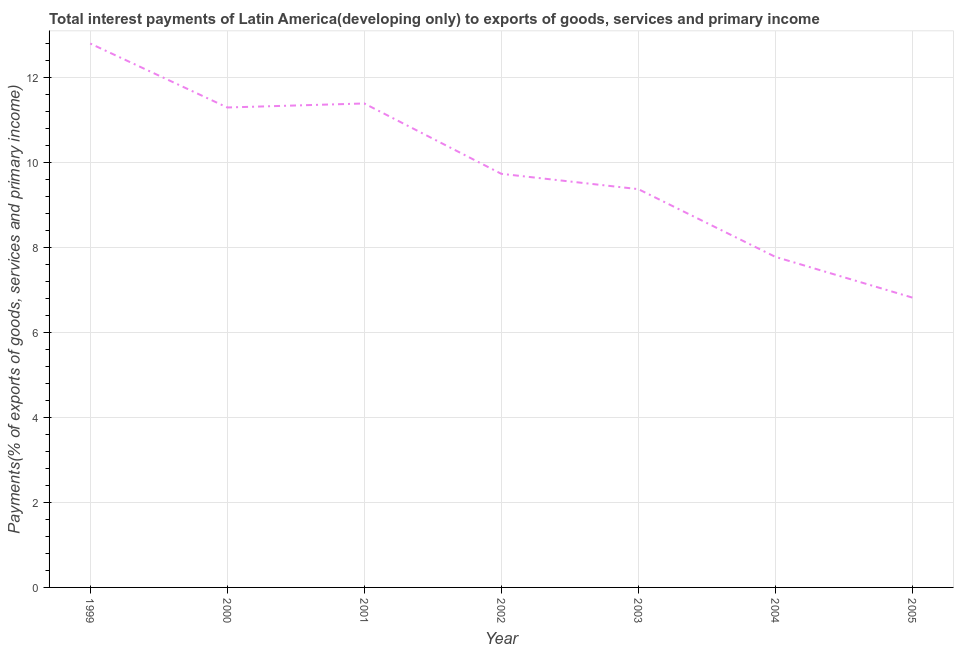
| Year | Interest payments on external debt |
 | --- | --- |
 | 1999 | 12.8 |
 | 2000 | 11.3 |
 | 2001 | 11.4 |
 | 2002 | 9.73 |
 | 2003 | 9.37 |
 | 2004 | 7.78 |
 | 2005 | 6.82 |